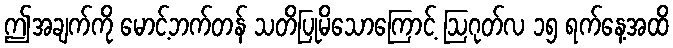
ဤအချက်ကို မောင့်ဘက်တန် သတိပြုမိသောကြောင့် ဩဂုတ်လ ၁၅ ရက်နေ့အထိ